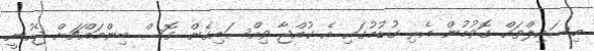
މިސައިލްތައް ގޮވުމުން އެރި ގުޑުމުގައި އެ ކުއްޖާ ވިއްސައިގެން ގޮސް ބިންމައްޗަށް ޖެހުނީ